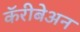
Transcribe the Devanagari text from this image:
कॅरीबेअन